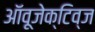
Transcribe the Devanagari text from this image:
ऑवूजेक्टिव्ज